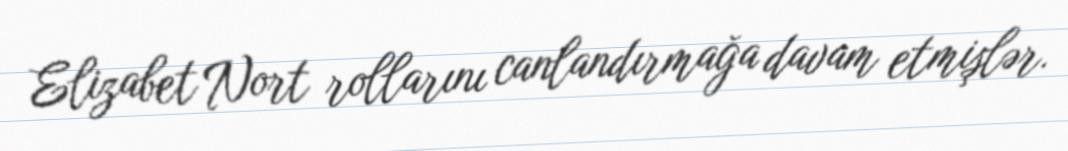
Elizabet Nort rollarını canlandırmağa davam etmişlər.